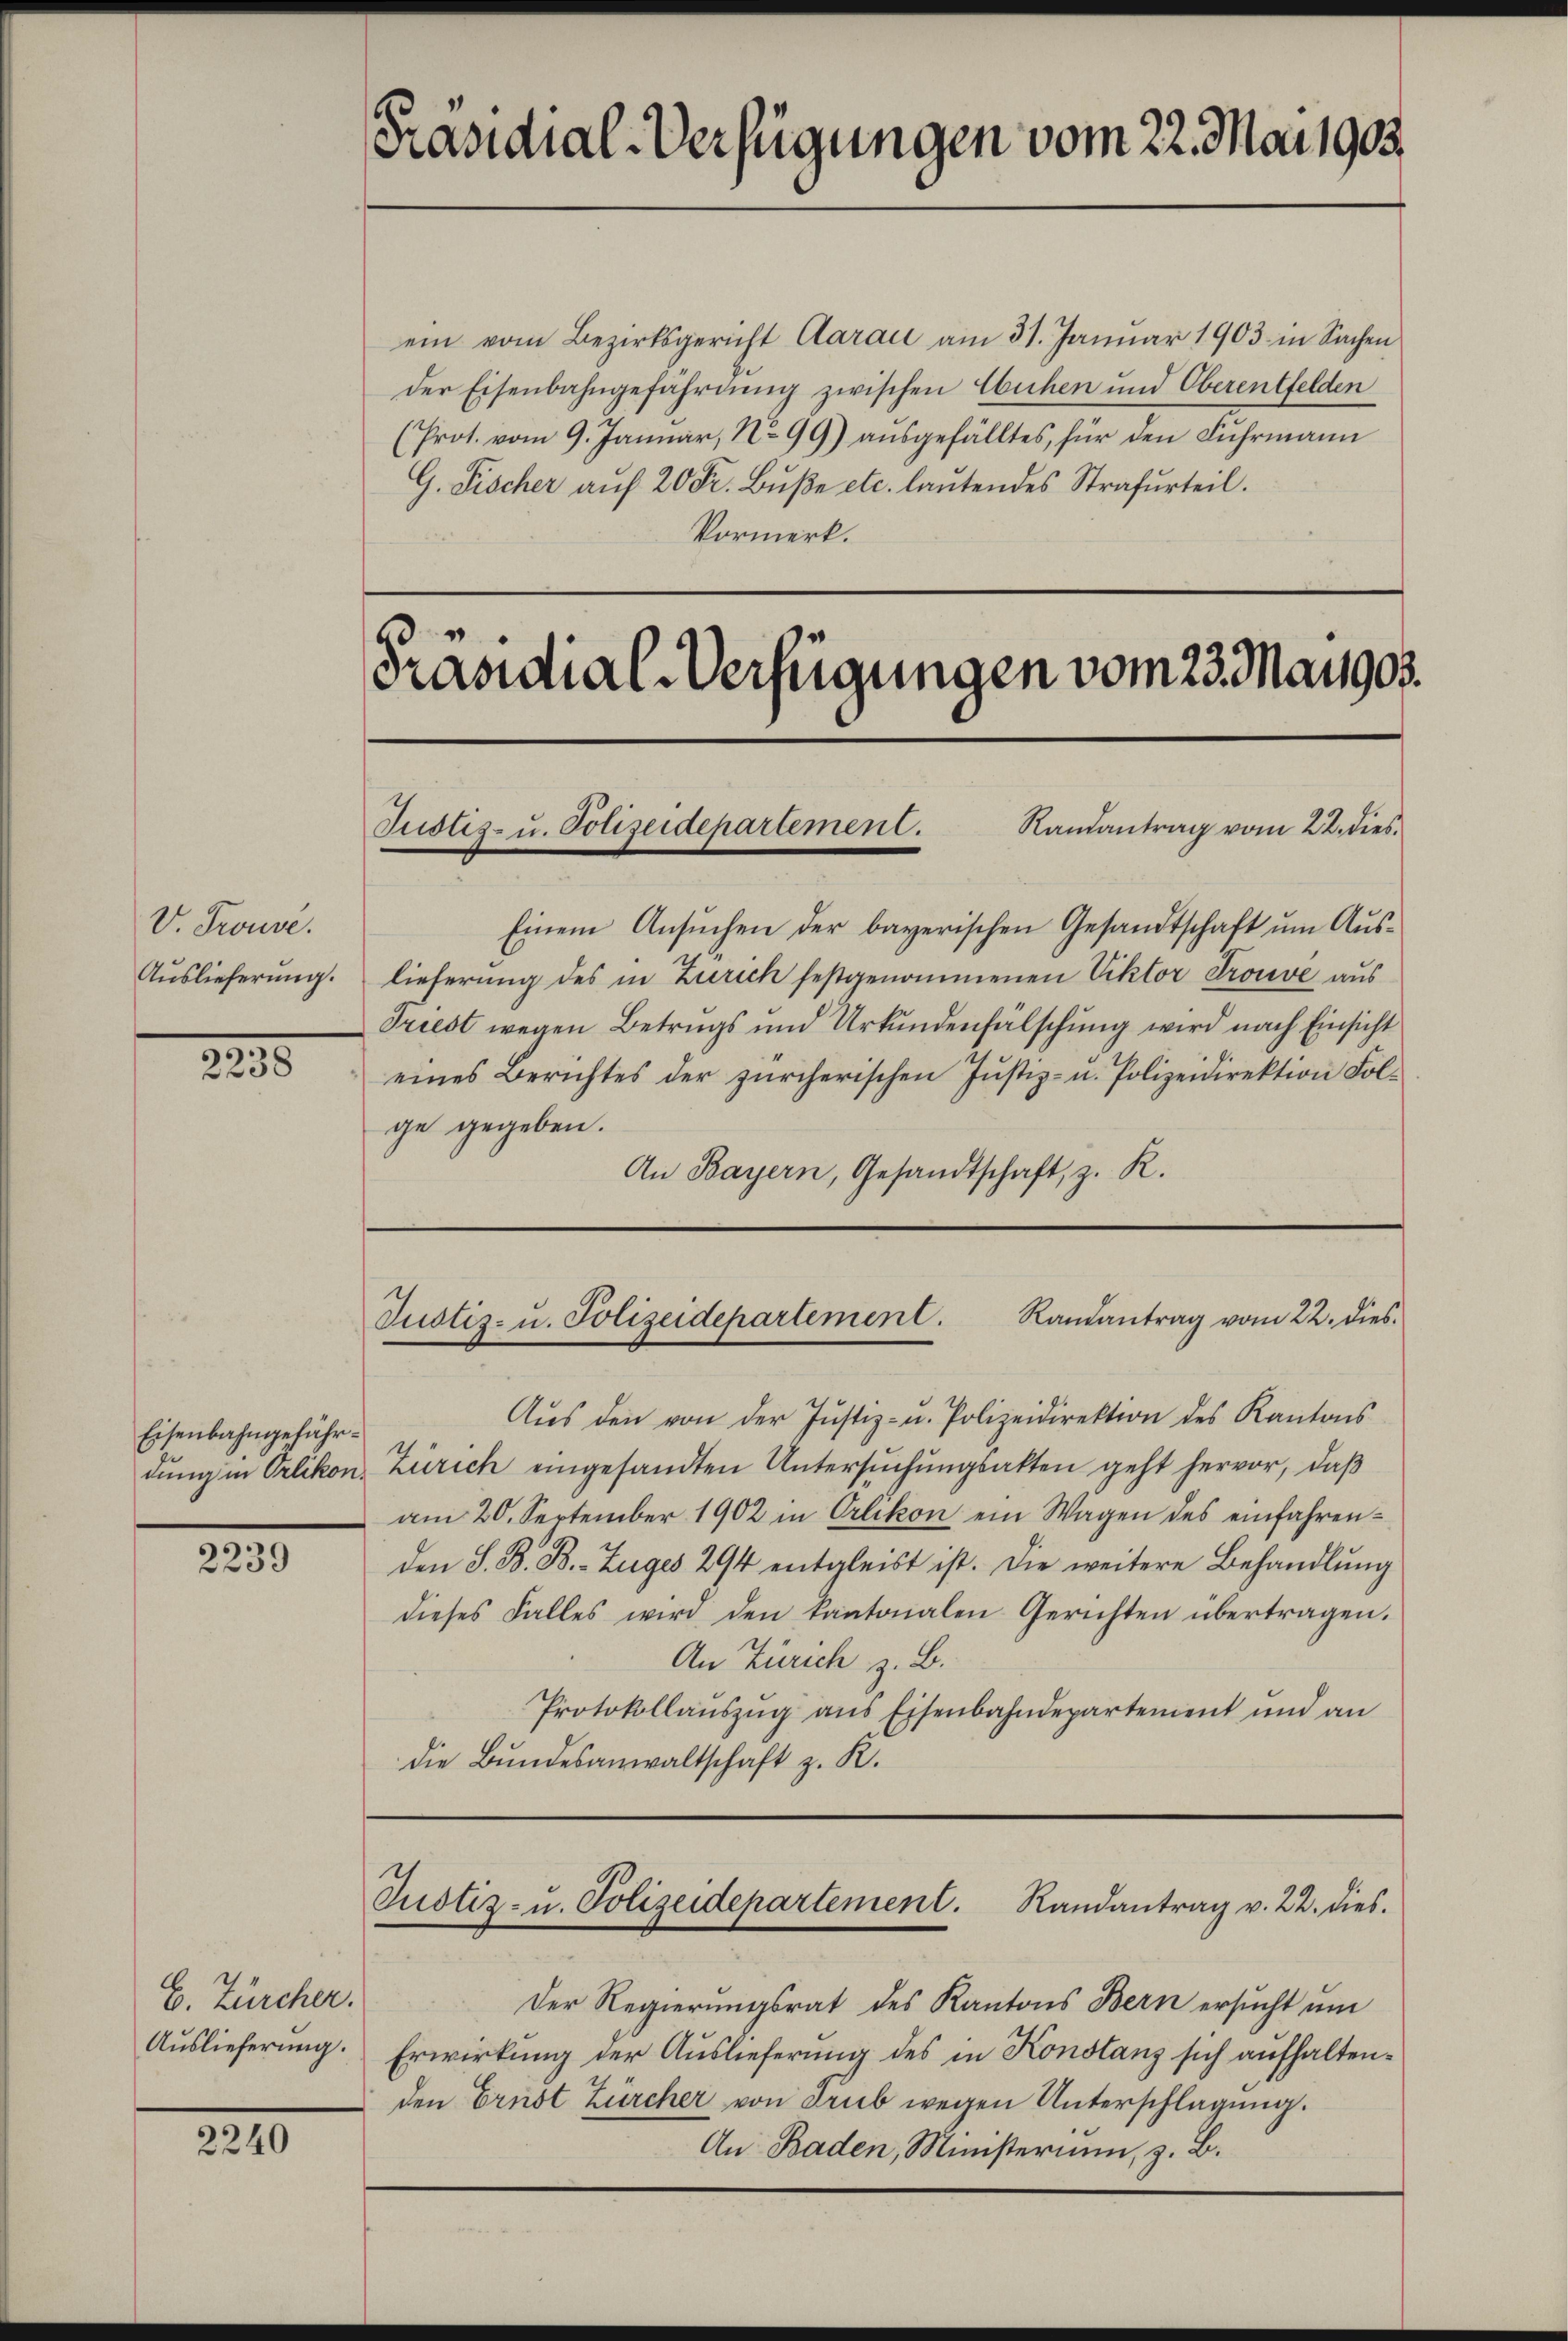
V. Trouve
Auslieferung.

125

Eisenbahngefähr¬

2239

E. Zürcher.
Auslieferung.

2240

ein vom Bezirksgericht Aarau am 31. Janŭar 1903 in Sachen
der Eisenbahngefährdung zwischen Wuchen und Oberentfelden
(Prot. vom 9. Januar, No 99) aŭsgefälltes, für den Fuhrmann
G. Fischer aŭf 20 Fr. Bŭβe etc. laŭtendes Strafurteil.
Vormerk.

Präsidial-Verfügungen vom 22. Mai 1903.

Einem Ansuchen der bayerischen Gesandtschaft um Auslieferung des in Zürich festgenommenen Viktor Trouve aus
Triest wegen Betrugs und Urkundenfälschung wird nach Einsicht
eines Berichtes der zürcherischen Justiz- u. Polizeidirektion Folge gegeben.
An Bayern, Gesandtschaft, z. R.

s
Präsidial-Verfügungen vom 23. May 903.
Randantrag vom 22. dies
Justiz- u. Polizeidepartement.

Justiz- u. Polizeidepartement. Randantrag vom 22. dies

Justiz- u. Polizeidepartement. Randantrag v. 22. dies.

Aŭs den von der Justiz- u. Polizeidirektion des Kantons
dŭng in Orlikon, Zürich eingesandten Untersŭchŭngsakten geht hervor, daß
am 20. September 1902 in Orlikon ein Wagen des einfahrenden S. B. B. Zuges 294 entgleist ist. Die weitere Behandlung
dieses Falles wird den kantonalen Gerichten übertragen.
An Zürich z. B.
Protokollaŭszŭg ans Eisenbahndepartement und an
die Bundesanwaltschaft z. R.

Der Regierungsrat des Kantons Bern ersucht um
Erwirkung der Auslieferung des in Konstanz sich aufhaltenden Ernst Zürcher von Trub wegen Unterschlagung.
An Baden, Ministerium, z. B.